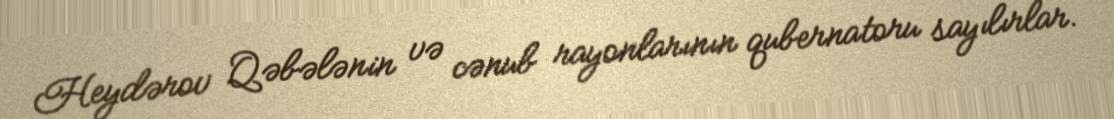
Heydərov Qəbələnin və cənub rayonlarının qubernatoru sayılırlar.